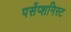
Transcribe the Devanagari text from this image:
पर्सेप्शनिस्ट